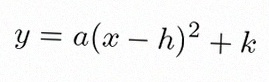
y=a(x-h)^2+k